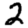
Digit: 2